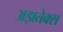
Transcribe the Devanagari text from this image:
अझतेक्स